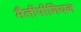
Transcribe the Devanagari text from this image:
मैलीपीगियन